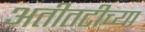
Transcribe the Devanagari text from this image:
अतीतटीच्या